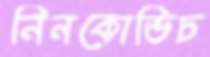
নিনকোভিচ